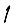
Digit: 1